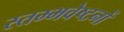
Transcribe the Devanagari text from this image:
स्तम्भवेष्टनों